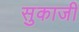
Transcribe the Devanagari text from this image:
सुकाजी